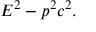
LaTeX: E ^ { 2 } - p ^ { 2 } c ^ { 2 } .